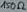
Text: 150Ω